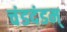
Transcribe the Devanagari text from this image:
चंडदंडम्